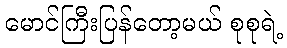
မောင်ကြီးပြန်တော့မယ် စုစုရဲ့